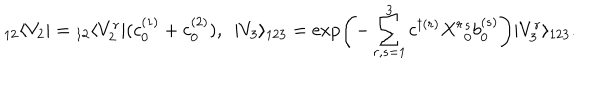
{ } _ { 1 2 } \langle V _ { 2 } | = { } _ { 1 2 } \langle V _ { 2 } ^ { r } | ( c _ { 0 } ^ { ( 1 ) } + c _ { 0 } ^ { ( 2 ) } ) , \ \ | V _ { 3 } \rangle _ { 1 2 3 } = \exp \left( - \sum _ { r , s = 1 } ^ { 3 } c ^ { \dagger ( r ) } X ^ { r } { } _ { 0 } ^ { s } b _ { 0 } ^ { ( s ) } \right) | V _ { 3 } ^ { r } \rangle _ { 1 2 3 } .